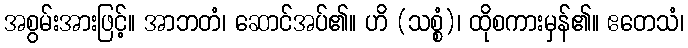
အစွမ်းအားဖြင့်။ အာဘတံ၊ ဆောင်အပ်၏။ ဟိ (သစ္စံ)၊ ထိုစကားမှန်၏။ ဧတေသံ၊